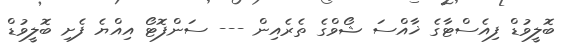
ބޮލީވުޑް ފިއެސްޓާގެ ޚާއްސަ ޝޯވްގެ ތެރެއިން --- ސަންފޮޓޯ އިއްޔެ ފެށި ބޮލީވުޑް